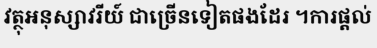
វត្ថុអនុស្សាវរីយ៍ ជាច្រើនទៀតផងដែរ ។ការផ្តល់